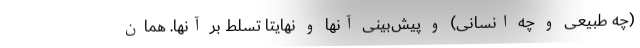
(چه طبیعی و چه انسانی) و پیش‌بینی آنها و نهایتاً تسلط بر آنها. همان‌